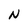
Character: N